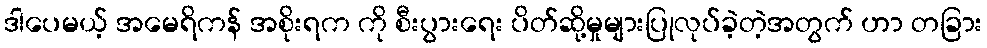
ဒါပေမယ့် အမေရိကန် အစိုးရက ကို စီးပွားရေး ပိတ်ဆို့မှုများပြုလုပ်ခဲ့တဲ့အတွက် ဟာ တခြား